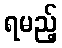
ရမည့်